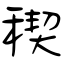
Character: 稧